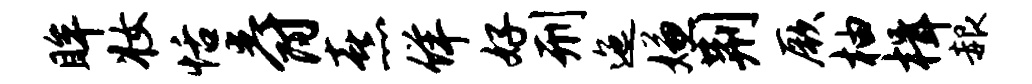
眸妆恬爵熹佯好刑迤嫌荆厥柚楫赧